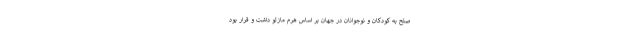
صلح به کودکان و نوجوانان در جهان بر اساس هرم مازلو داشت و قرار بود